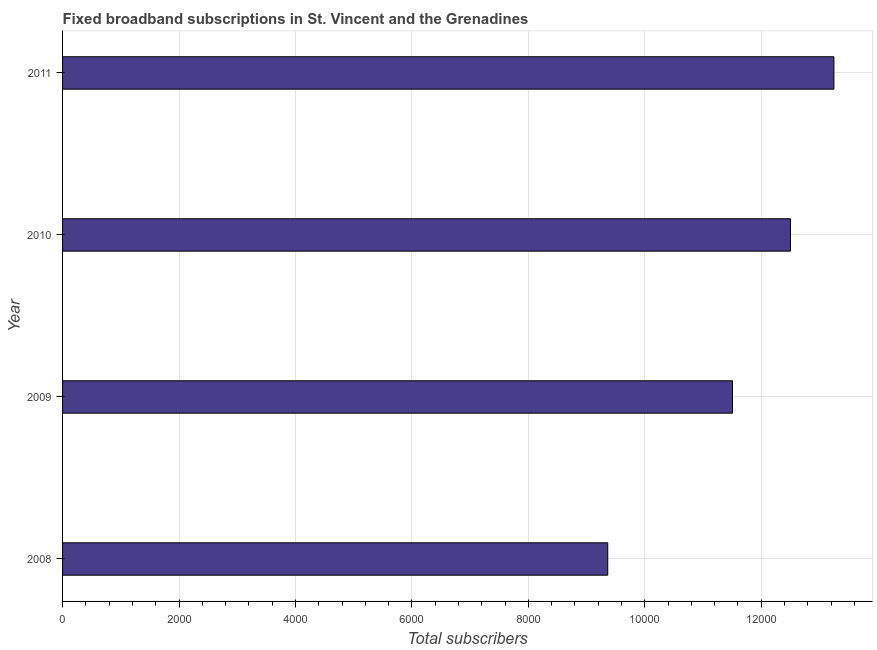
| Year | Fixed broadband subscriptions |
 | --- | --- |
 | 2008 | 9.36e+03 |
 | 2009 | 1.15e+04 |
 | 2010 | 1.25e+04 |
 | 2011 | 1.32e+04 |